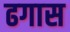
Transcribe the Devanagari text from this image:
ढगास